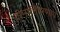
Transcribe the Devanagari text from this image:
दीनार्तिहरणाय